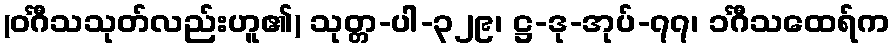
(ဝင်္ဂီသသုတ်လည်းဟူ၏) သုတ္တ-ပါ-၃၂၉၊ ဋ္ဌ-ဒု-အုပ်-၇၇၊ ၁င်္ဂီသထေရ်က